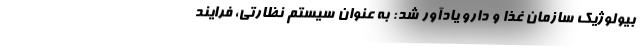
بیولوژیک سازمان غذا و دارو یادآور شد: به عنوان سیستم نظارتی، فرایند